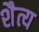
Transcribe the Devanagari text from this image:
शैत्य